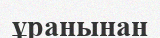
ұранынан